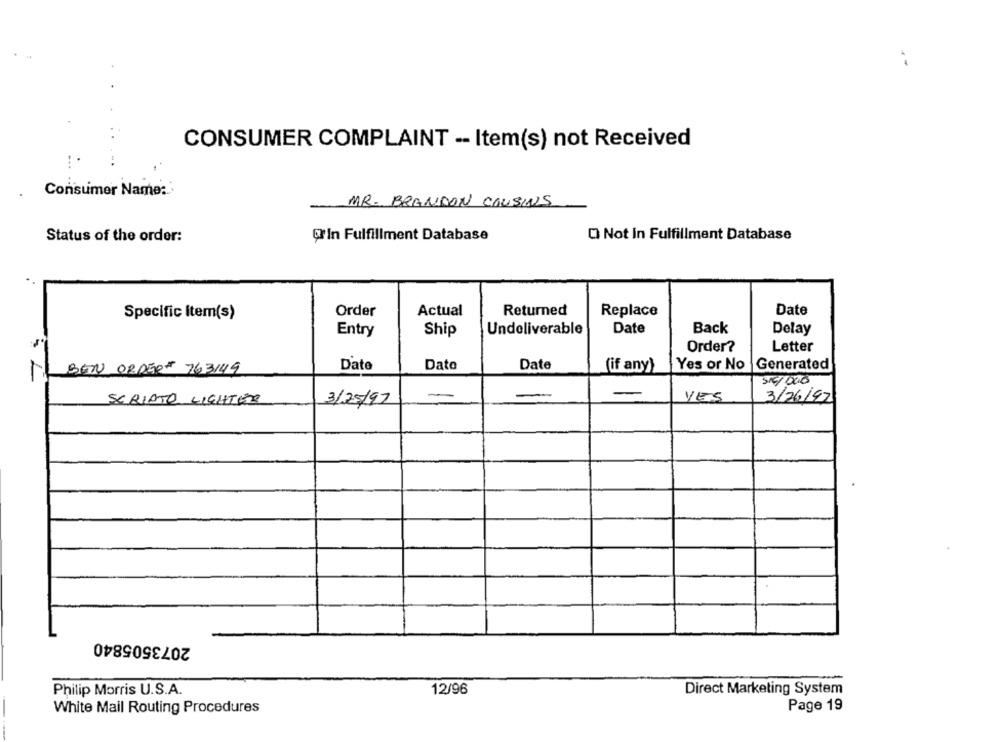
CONSUMER COMPLAINT -- Item(s) not Received
Consumer Name:'
MR. BRANDON COUSINS
Q' In Fulfillment Database
O Not in Fulfillment Database
Status of the order:
Actual
Returned
Replace
Date
Specific Item(s)
Order
Entry
Ship
Undeliverable
Date
Back
Delay
Order?
Letter
BEN ORDER# 763149
Dato
Dato
Date
(if any)
Yes or No
Generated
1
510/000
-
SCRIPTO LIGHTER
3/25/97
-
YES
3/26/92
2073505840
Philip Morris U.S.A.
12/96
Direct Marketing System
White Mail Routing Procedures
Page 19